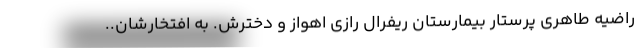
راضیه طاهری پرستار بیمارستان ریفرال رازی اهواز و دخترش. به افتخارشان..